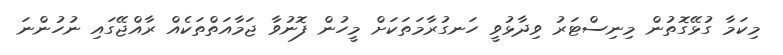
މިކަމާ ގުޅޭގޮތުން މިނިސްޓަރު ވިދާޅުވީ ހަނގުރާމަތަކަށް މީހުން ފޮނުވާ ޖަމާއަތްތަކެއް ރާއްޖޭގައި ނުހުންނަ